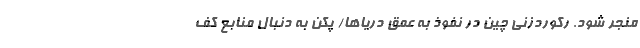
منجر شود. رکوردزنی چین در نفوذ به عمق دریاها/ پکن به دنبال منابع کفِ